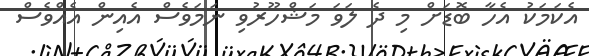
އެކަމަކު އެހާ ބޮޑަށް މި ދެ ލަވަ މަޝްްހޫރުވި ނަމަވެސް އެއިން އެއްވެސް